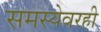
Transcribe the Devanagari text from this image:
समस्येवरही